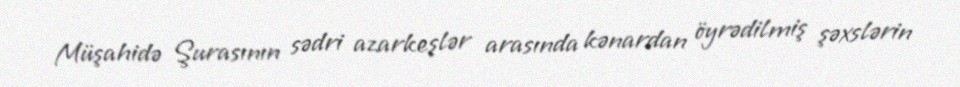
Müşahidə Şurasının sədri azarkeşlər arasında kənardan öyrədilmiş şəxslərin